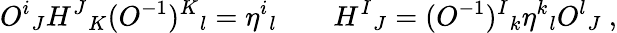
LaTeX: O^{i}{}_{J}H^{J}{}_{K}(O^{-1})^{K}{}_{l}=\eta^{i}{}_{l}\qquad H^{I}{}_{J}=(O^{-1})^{I}{}_{k}\eta^{k}{}_{l}O^{l}{}_{J}\ ,